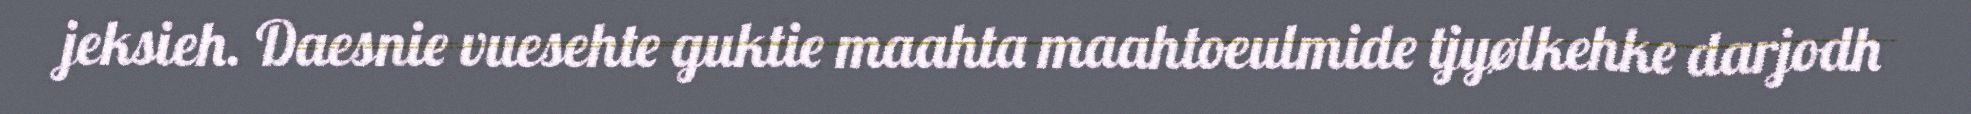
jeksieh. Daesnie vuesehte guktie maahta maahtoeulmide tjyølkehke darjodh